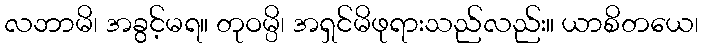
လဘာမိ၊ အခွင့်မရ။ တုဝမ္ပိ၊ အရှင်မိဖုရားသည်လည်း။ ယာစိတယေ၊